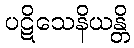
ပဋိသေနိယန္တိ